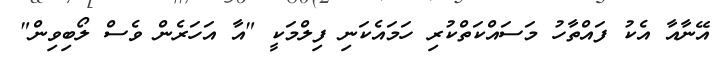
އޭނާއާ އެކު ފައްތާހު މަސައްކަތްކުރި ހަމައެކަނި ފިލްމަކީ "އާ އަހަރެން ވެސް ލޯބިވިން"